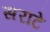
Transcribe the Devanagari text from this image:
सराटे